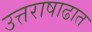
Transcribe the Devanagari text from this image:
उत्तराषाढात